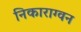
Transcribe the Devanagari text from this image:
निकाराग्वन